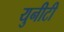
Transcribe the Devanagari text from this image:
युनीटी